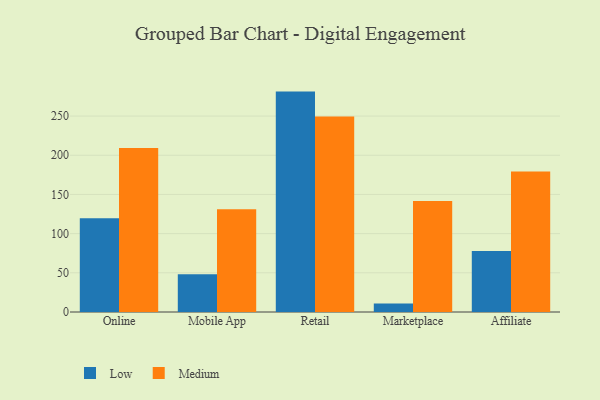
{"axis": {"x": "Channel", "y": "Market Share (%)"}, "legend": ["Low", "Medium"], "data": [{"x": "Online", "y": 119.6, "type": "Low"}, {"x": "Online", "y": 209.3, "type": "Medium"}, {"x": "Mobile App", "y": 48.3, "type": "Low"}, {"x": "Mobile App", "y": 131.1, "type": "Medium"}, {"x": "Retail", "y": 281.2, "type": "Low"}, {"x": "Retail", "y": 249.3, "type": "Medium"}, {"x": "Marketplace", "y": 11.0, "type": "Low"}, {"x": "Marketplace", "y": 141.7, "type": "Medium"}, {"x": "Affiliate", "y": 77.7, "type": "Low"}, {"x": "Affiliate", "y": 179.1, "type": "Medium"}]}